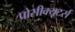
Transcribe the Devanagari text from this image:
प्रोसीक्यूटर्स